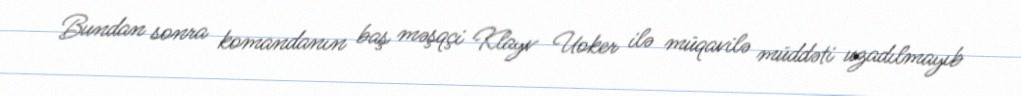
Bundan sonra komandanın baş məşqçi Klayv Uoker ilə müqavilə müddəti uzadılmayıb